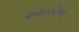
આઇડીઓ